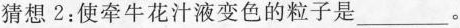
猜想2：使牵牛花汁液变色的粒子是___。